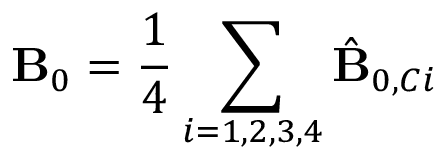
\mathbf { B } _ { 0 } = \frac { 1 } { 4 } \sum _ { i = 1 , 2 , 3 , 4 } \hat { \mathbf { B } } _ { 0 , C i }